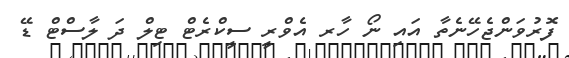
ފޮރުވަންޖެހޭނެތާ އައި ނޯ ހާރ އެވްރީ ސީކްރެޓް ޓިލް ދަ ލާސްޓް ޑޭ